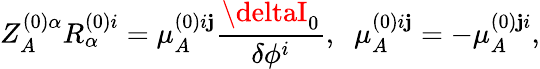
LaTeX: Z_{A}^{(0)\alpha}R_{\alpha}^{(0)i}=\mu_{A}^{(0)i\mathbf{j}}\frac{{\deltaI_{0}}}{{\delta\phi^{i}}},\; \; \mu_{A}^{(0)i\mathbf{j}}=-\mu_{A}^{(0)\mathbf{j}i},